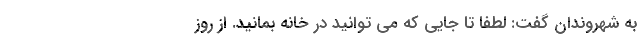
به شهروندان گفت: لطفا تا جایی که می توانید در خانه بمانید. از روز